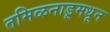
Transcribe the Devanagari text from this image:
तमिळनाडूमधून